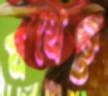
যথেষ্ট